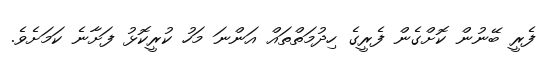
ފެރީ ބޭނުން ކޮށްގެން ފެރީގެ ހިދުމަތްތައް އަންނަ މަހު ކުރީކޮޅު ފަށާނެ ކަމަށެވެ.